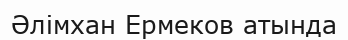
Әлімхан Ермеков атында